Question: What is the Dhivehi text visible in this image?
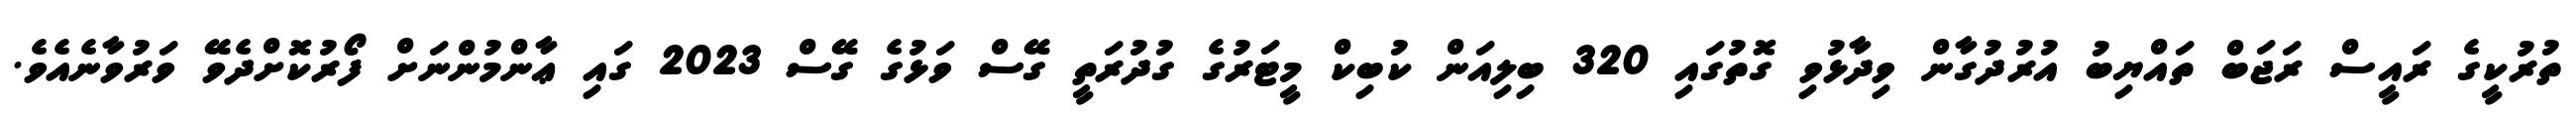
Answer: ތުރުކީގެ ރައީސް ރަޖަބް ތައްޔިބު އުރުދުގާން ވިދާޅުވި ގޮތުގައި 320 ބިލިއަން ކުބިކް މީޓަރުގެ ގުދުރަތީ ގޭސް ވަޅުގެ ގޭސް 2023 ގައި ޢާންމުންނަށް ފޯރުކޮށްދެވޭ ވަރުވާނެއެވެ.